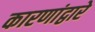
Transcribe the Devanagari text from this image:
कारणांद्वारे